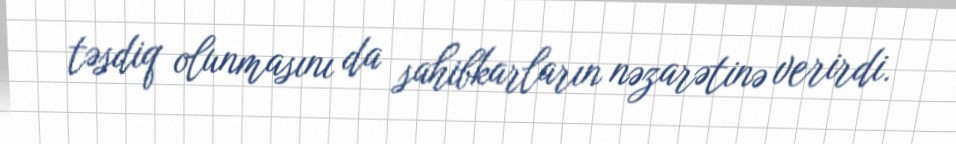
təsdiq olunmasını da sahibkarların nəzarətinə verirdi.